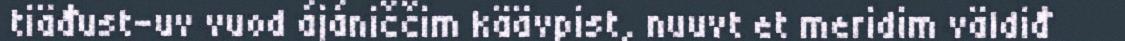
tiäđust-uv vuod ájániččim käävpist, nuuvt et meridim väldiđ